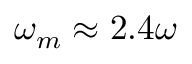
\omega _ { m } \approx 2 . 4 \omega